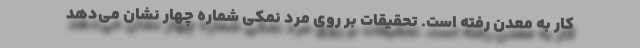
کار به معدن رفته است. تحقیقات بر روی مرد نمکی شماره چهار نشان می‌دهد